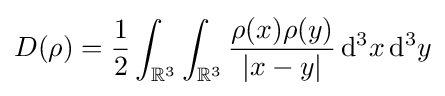
D(\rho )={\frac {1}{2}}\int _{\mathbb {R} ^{3}}\int _{\mathbb {R} ^{3}}{\frac {\rho (x)\rho (y)}{|x-y|}}\,\mathrm {d} ^{3}x\,\mathrm {d} ^{3}y